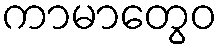
ကာမာတွေဝ